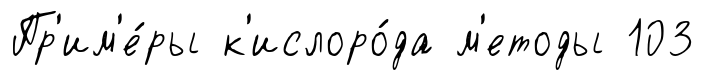
Пр'им'е́ры к'ислоро́да м'етоды 103